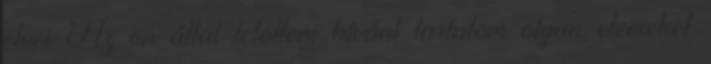
elvei Az ön által letölteni kívánt tartalom olyan elemeket